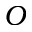
\cal O